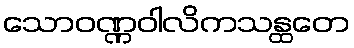
သောဝဏ္ဏဝါလိကသန္ထတေ